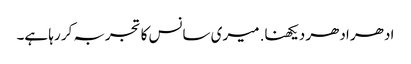
ادھر ادھر دیکھنا. میری سانس کا تجربہ کر رہا ہے۔